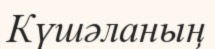
Күшәланың